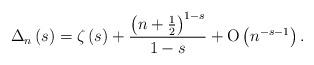
LaTeX: \begin{align*}{\Delta _n}\left( s \right) = \zeta \left( s \right) + \frac{{{{\left( {n + \frac{1}{2}} \right)}^{1 - s}}}}{{1 - s}} + {\rm O}\left( {{n^{- s - 1}}} \right). \end{align*}